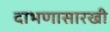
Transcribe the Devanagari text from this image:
दाभणासारखी